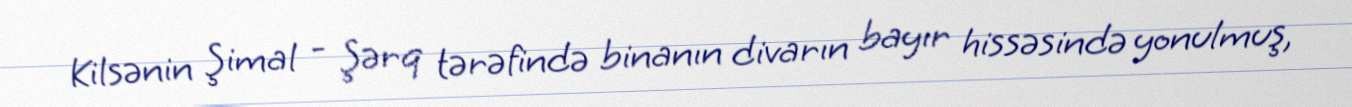
Kilsənin Şimal - Şərq tərəfində binanın divarın bayır hissəsində yonulmuş,